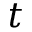
t